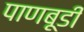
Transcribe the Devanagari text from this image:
पाणबूडी